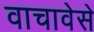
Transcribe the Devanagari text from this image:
वाचावेसे